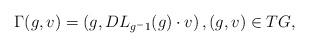
LaTeX: \begin{align*}\Gamma(g, v) = \left( g, DL_{g^-1}(g) \cdot v \right), (g, v) \in TG,\end{align*}